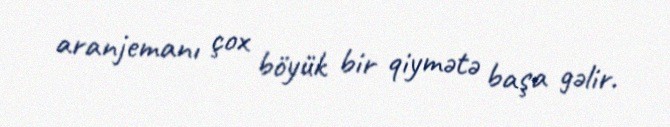
aranjemanı çox böyük bir qiymətə başa gəlir.